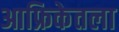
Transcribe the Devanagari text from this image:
आफ्रिकेतला